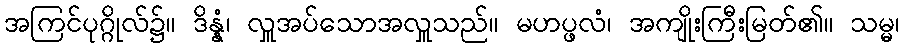
အကြင်ပုဂ္ဂိုလ်၌။ ဒိန္နံ၊ လှူအပ်သောအလှူသည်။ မဟပ္ဖလံ၊ အကျိုးကြီးမြတ်၏။ သမ္မ၊